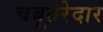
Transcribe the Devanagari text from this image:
चबूतरेदार